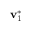
\mathbf { v } _ { 1 } ^ { * }